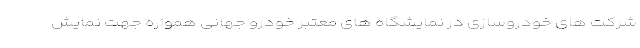
شرکت های خودروسازی در نمایشگاه های معتبر خودرو جهانی همواره جهت نمایش